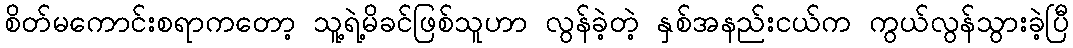
စိတ်မကောင်းစရာကတော့ သူ့ရဲ့မိခင်ဖြစ်သူဟာ လွန်ခဲ့တဲ့ နှစ်အနည်းငယ်က ကွယ်လွန်သွားခဲ့ပြီ